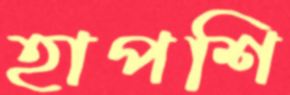
হাপশি